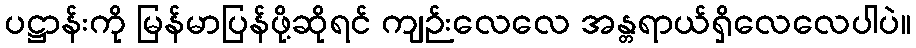
ပဋ္ဌာန်းကို မြန်မာပြန်ဖို့ဆိုရင် ကျဉ်းလေလေ အန္တရာယ်ရှိလေလေပါပဲ။